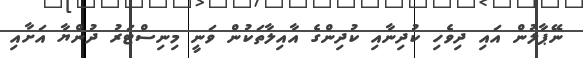
ނޭޕާލުން އައި ދިވެހި ކުދިނާއި ކުދިންގެ އާއިލާތަކުން ވަނީ މިނިސްޓަރު ދުންޔާ އަށާއި